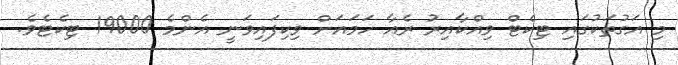
މި އަގުތަކުގައި ޓިކެޓް ވިއްކާއިރު ރެއާ ހަމައަށް ވިކިފައިވަނީ އެންމެ 19000 ޓިކެޓެވެ.